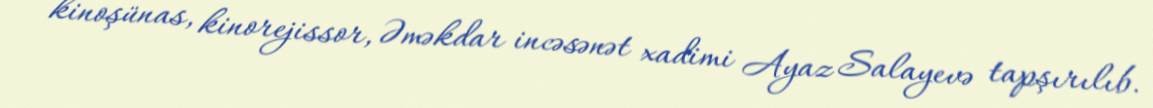
kinoşünas, kinorejissor, Əməkdar incəsənət xadimi Ayaz Salayevə tapşırılıb.